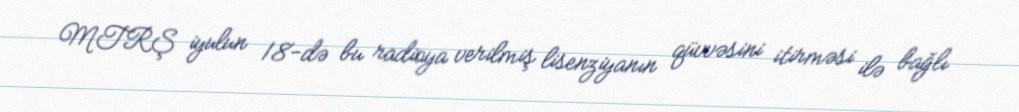
MTRŞ iyulun 18-də bu radioya verilmiş lisenziyanın qüvvəsini itirməsi ilə bağlı